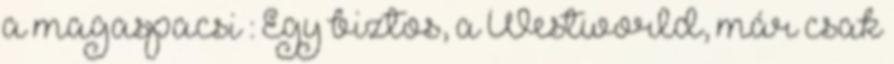
a magaspacsi : Egy biztos, a Westworld, már csak